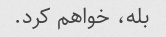
بله، خواهم کرد.